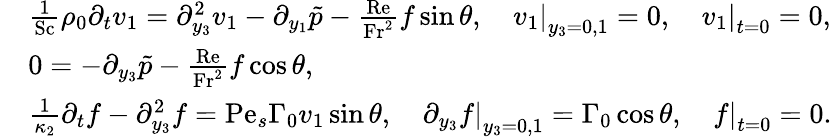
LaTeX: \begin{array}{rl}&{\frac{1}{\mathrm{Sc}}\rho_{0}\partial_{t}v_{1}=\partial_{y_{3}}^{2}v_{1}-\partial_{y_{1}}\tilde{p}-\frac{\mathrm{Re}}{\mathrm{Fr}^{2}}f\sin\theta,\quad\left.v_{1}\right|_{y_{3}=0,1}=0,\quad\left.v_{1}\right|_{t=0}=0,}\\ &{0=-\partial_{y_{3}}\tilde{p}-\frac{\mathrm{Re}}{\mathrm{Fr}^{2}}f\cos\theta,}\\ &{\frac{1}{\kappa_{2}}\partial_{t}f-\partial_{y_{3}}^{2}f=\mathrm{Pe}_{s}\Gamma_{0}v_{1}\sin\theta,\quad\left.\partial_{y_{3}}f\right|_{y_{3}=0,1}=\Gamma_{0}\cos\theta,\quad\left.f\right|_{t=0}=0.}\end{array}